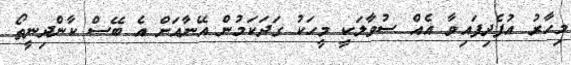
މިހާރު އުފެދިފައިވާ އެއް ސުވާލަކީ މީހަކު ގަދަކަމުން އޭނާއަށް އެ ބޭސް ކާންދިނީތޯ